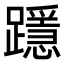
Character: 𨆲